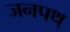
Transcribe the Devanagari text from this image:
जनपथ्